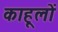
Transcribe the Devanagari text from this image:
काहूलों